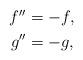
LaTeX: \begin{align*}\begin{aligned}f''&=-f,\\g''&=-g,\end{aligned}\end{align*}